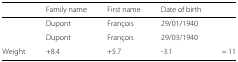
|  | Family name | First name | Date of birth |  |
 | --- | --- | --- | --- | --- |
 |  | Dupont | François | 29/01/1940 |  |
 |  | Dupont | François | 29/03/1940 |  |
 | Weight | +8.4 | +5.7 | -3.1 | = 11 |